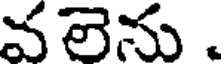
వలెను .